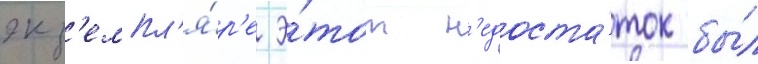
экз'емпл'я́р'е э́тот н'едоста́ток бы́л